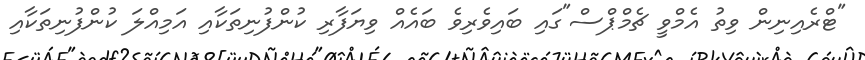
"ޓްރެއިނިން ވިތު އެމްވީ ޗެމްޕްސް"ގައި ބައިވެރިވެ ބައެއް ވިޔަފާރި ކުންފުނިތަކާއި އަމިއްލަ ކުންފުނިތަކާއި